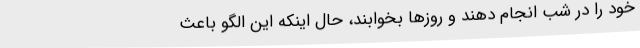
خود را در شب انجام دهند و روزها بخوابند، حال اینکه این الگو باعث